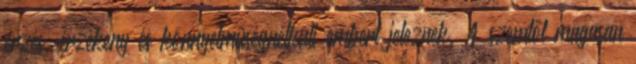
érzés, érzékeny és könnyelműségnélküli embert jeleznek. A szemtől magasan